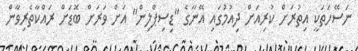
ނަސޭހަތަކީ އިތުރަށް ކުރިއަށް ދިއުމުގައި އޭނާގެ "ޑިސިޕްލިން" އަށް ވަރަށް ބޮޑަށް ރައްކާތެރިވާން